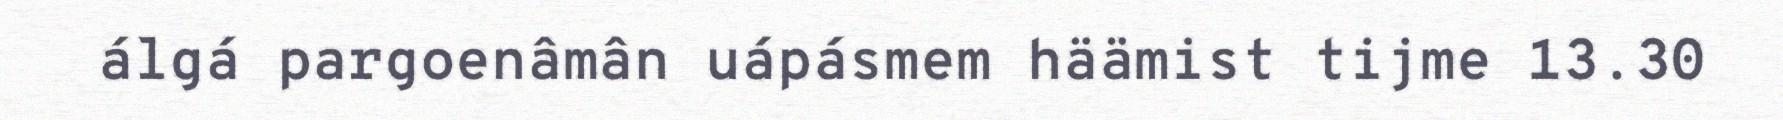
álgá pargoenâmân uápásmem häämist tijme 13.30